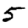
Digit: 5